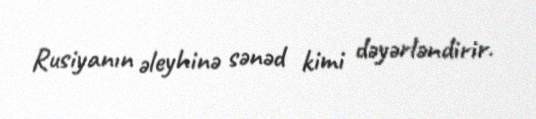
Rusiyanın əleyhinə sənəd kimi dəyərləndirir.